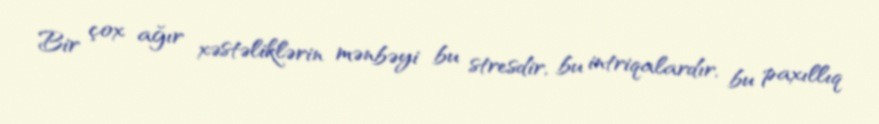
Bir çox ağır xəstəliklərin mənbəyi bu stresdir, bu intriqalardır, bu paxıllıq